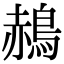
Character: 𪁌